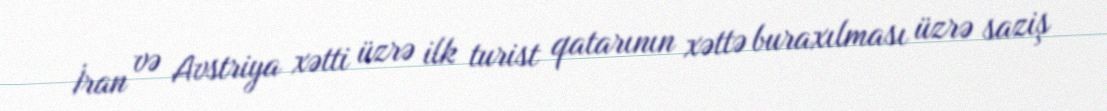
İran və Avstriya xətti üzrə ilk turist qatarının xəttə buraxılması üzrə saziş